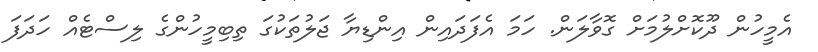
އެމީހުން ދޫކޮށްލުމަށް ގޮވާލަން. ހަމަ އެފަދައިން އިންޑިޔާ ޖަލުތަކުގަ ތިބިމީހުންގެ ލިސްޓެއް ހަދަފަ